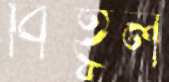
বিহ্বল